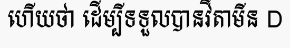
ហើយថា ដើម្បីទទួលបានវីតាមីន D